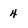
Character: 4